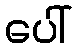
ပေါ်